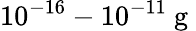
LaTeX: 10^{-16}-10^{-11}\mathrm{~g~}